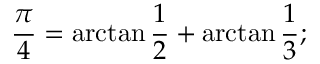
{ \frac { \pi } { 4 } } = \arctan { \frac { 1 } { 2 } } + \arctan { \frac { 1 } { 3 } } ;